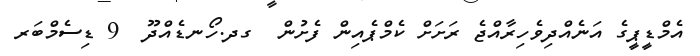
އެމްޑީޕީގެ އަނެއްދިވެހިރާއްޖެ ރަށަށް ކެމްޕެއިން ފެށުން  ގދ.ހޯނޑެއްދޫ  9 ޑިސެމްބަރ